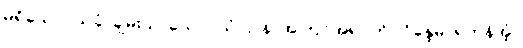
မရှိသော။ သုခံ၊ ချမ်းသာသော။ ယံ ဌာနံ၊ အကြင်အရပ်ကို။ ဝိန္ဒေမ၊ ရကုန်အံ့။